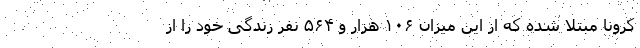
کرونا مبتلا شده که از این میزان ۱۰۶ هزار و ۵۶۴ نفر زندگی خود را از